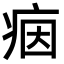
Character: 𤶑